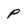
Character: P